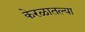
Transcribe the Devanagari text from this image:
केरळातल्या